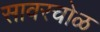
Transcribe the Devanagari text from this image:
सावरचोळ